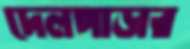
দেলপাড়ার